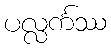
ပလ္လင်္ကဿ